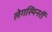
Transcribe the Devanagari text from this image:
लेगस्पिनरों